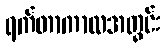
ရက်တာကာလအတွင်း